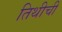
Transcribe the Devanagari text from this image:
तिथीची